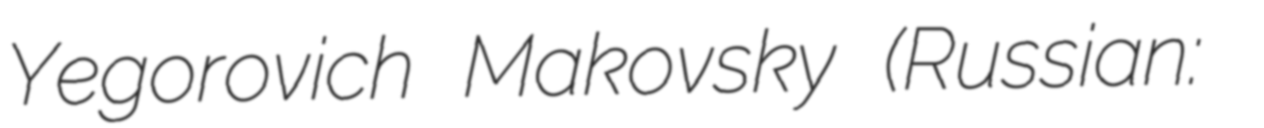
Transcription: Yegorovich Makovsky (Russian: Константи́н